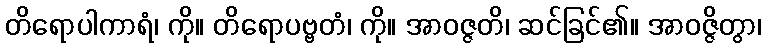
တိရောပါကာရံ၊ ကို။ တိရောပဗ္ဗတံ၊ ကို။ အာဝဇ္ဇတိ၊ ဆင်ခြင်၏။ အာဝဇ္ဇိတွာ၊